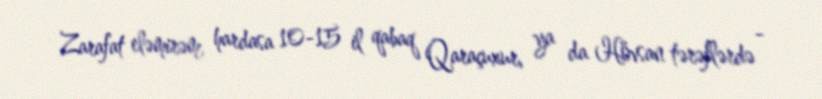
Zarafat eləmirəm, hardasa 10-15 il qabaq Qaraçuxur, ya da Hövsan tərəflərdə -